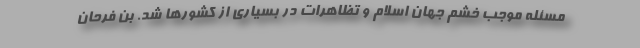
مسئله موجب خشم جهان اسلام و تظاهرات در بسیاری از کشورها شد. بن فرحان